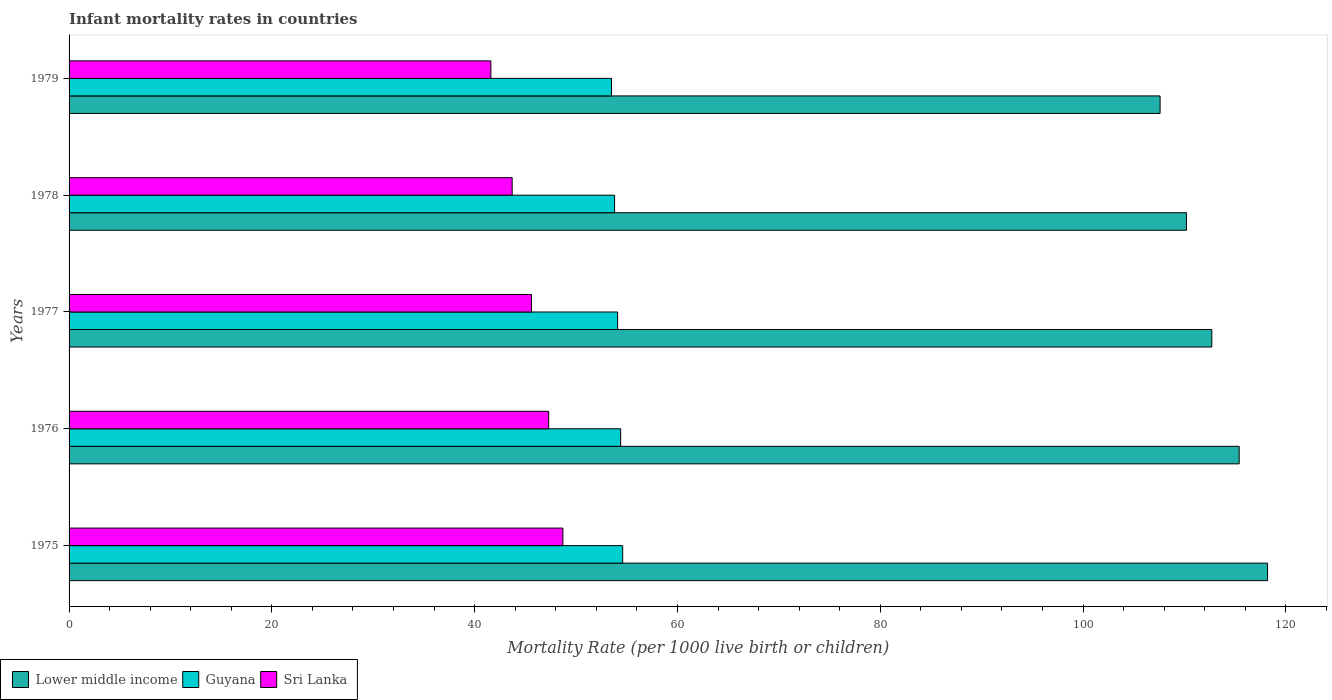
| Years | Lower middle income | Guyana | Sri Lanka |
 | --- | --- | --- | --- |
 | 1975 | 118 | 54.6 | 48.7 |
 | 1976 | 115 | 54.4 | 47.3 |
 | 1977 | 113 | 54.1 | 45.6 |
 | 1978 | 110 | 53.8 | 43.7 |
 | 1979 | 108 | 53.5 | 41.6 |